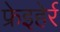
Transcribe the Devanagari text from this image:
फ्रेइहेर्र